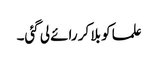
علما کو بلا کر رائے لی گئی۔